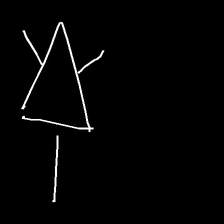
Glyph: fire